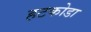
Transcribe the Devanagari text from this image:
हटकोडा